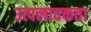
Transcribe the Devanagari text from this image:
उत्पलावकता